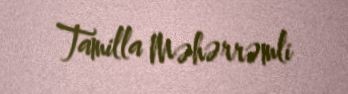
Tamilla Məhərrəmli